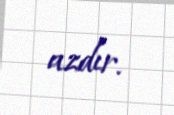
azdır.